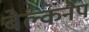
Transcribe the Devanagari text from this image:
बेल्कनैप